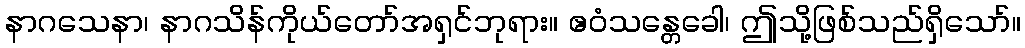
နာဂသေနာ၊ နာဂသိန်ကိုယ်တော်အရှင်ဘုရား။ ဧဝံသန္တေခေါ၊ ဤသို့ဖြစ်သည်ရှိသော်။